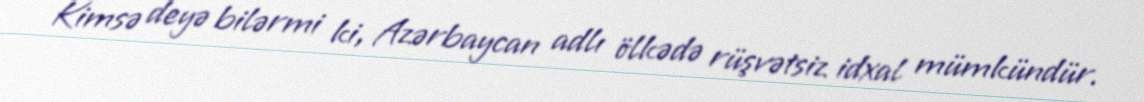
Kimsə deyə bilərmi ki, Azərbaycan adlı ölkədə rüşvətsiz idxal mümkündür.